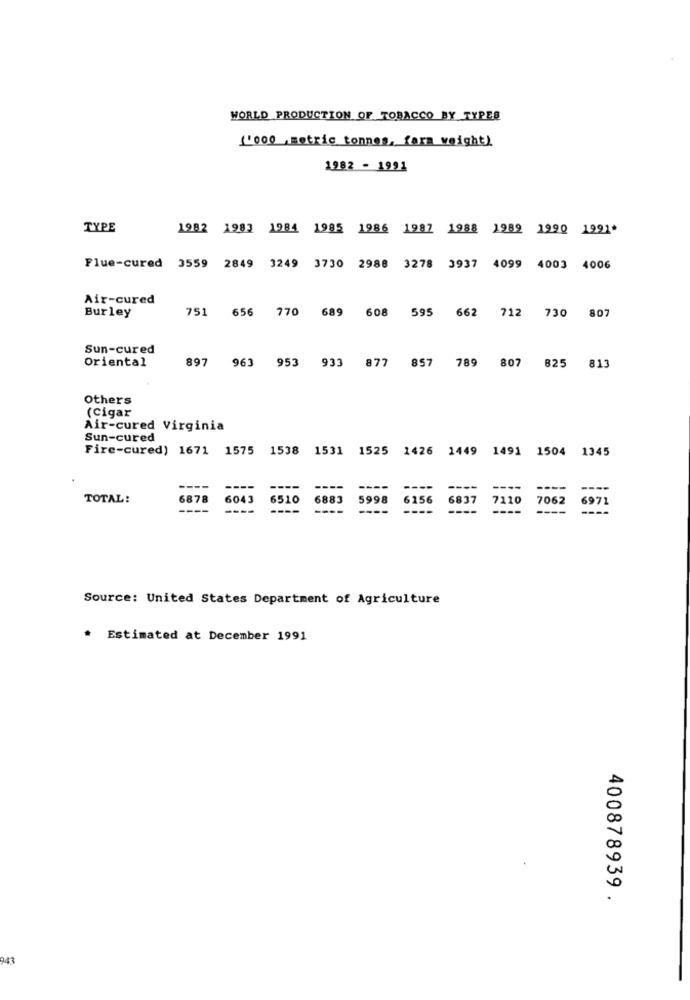
WORLD PRODUCTION OF TOBACCO BY TYPES
['000 metric tonnes, fara weight)
1982 - 1991
TYPE
1982 1983 1984 1985 1986 1987 1988 1989 1990 1991*
Flue-cured 3559 2849
3249 3730 2988 3278 3937 4099 4003 4006
Air-cured
Burley
751
656
770 689 608 595 662 712 730 807
Sun-cured
Oriental
897
963
953 933 877 857
789 807 825 813
Others
(Cigar
Air-cured Virginia
Sun-cured
Fire-cured) 1671 1575 1538 1531 1525 1426 1449 1491 1504 1345
----
----
----
---
TOTAL:
6878
6043
6510
6883
5998
6156
6837
7110
7062
6971
----
----
----
----
----
Source: United States Department of Agriculture
* Estimated at December 1991
400878939
943